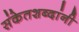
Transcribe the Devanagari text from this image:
संकेतशब्दांनी